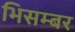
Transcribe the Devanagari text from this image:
भिसम्बर